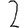
Digit: 2